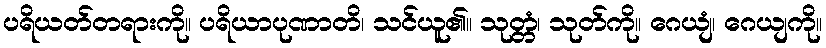
ပရိယတ်တရားကို။ ပရိယာပုဏာတိ၊ သင်ယူ၏။ သုတ္တံ၊ သုတ်ကို။ ဂေယျံ၊ ဂေယျကို။